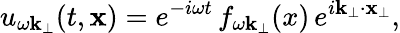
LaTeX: u_{\omega\mathbf k_{\perp}}(t,{\mathbf x})=e^{-i\omega t}\, f_{\omega{\mathbf k}_{\perp}}(x)\, e^{i{\mathbf k}_{\perp}\cdot{\mathbf x}_{\perp}},